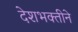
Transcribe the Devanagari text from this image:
देशभक्तीने